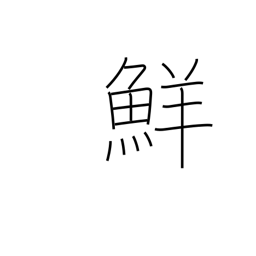
Meaning: fresh